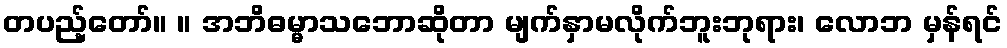
တပည့်တော်။ ။ အဘိဓမ္မာသဘောဆိုတာ မျက်နှာမလိုက်ဘူးဘုရား၊ လောဘ မှန်ရင်